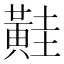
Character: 黊